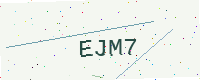
Text: EJM7